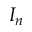
I _ { n }